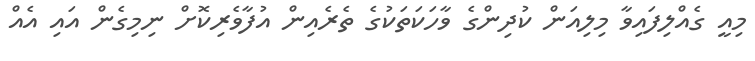
މިއީ ގެއްލިފައިވާ މިލިއަން ކުދިންގެ ވާހަކަތަކުގެ ތެރެއިން އުފާވެރިކޮށް ނިމިގެން އައި އެއް